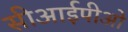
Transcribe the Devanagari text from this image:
सीआईपीओ